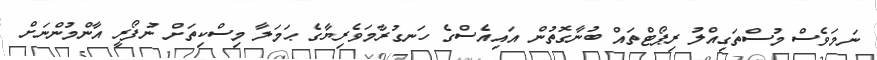
ނަމަވެސް މުސްތަގިއްލު ރިޕޯޓްތައް ބުނާގޮތުން އައިއެސްގެ ހަނގުރާމަވެރިޔާގެ ޙަމަލާ މިސްކިތަށް ނުފޯރީ އާންމުންނަށް